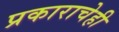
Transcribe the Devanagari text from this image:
प्रकाराचेही